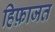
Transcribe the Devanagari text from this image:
हिफ़ाजत